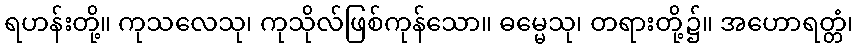
ရဟန်းတို့။ ကုသလေသု၊ ကုသိုလ်ဖြစ်ကုန်သော။ ဓမ္မေသု၊ တရားတို့၌။ အဟောရတ္တံ၊